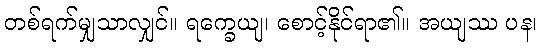
တစ်ရက်မျှသာလျှင်။ ရက္ခေယျ၊ စောင့်နိုင်ရာ၏။ အယျဿ ပန၊